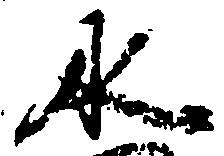
水